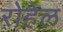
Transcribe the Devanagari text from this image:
रोहेल